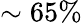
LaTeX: \sim 65\%